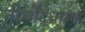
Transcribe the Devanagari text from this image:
तीर्थोद्धारक